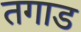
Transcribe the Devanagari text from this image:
तगाड